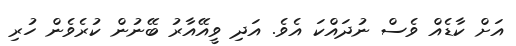
އަށް ކާޑެއް ވެސް ނުދައްކަ އެވެ. އަދި ވީއޭއާރު ބޭނުން ކުރެވެން ހުރި